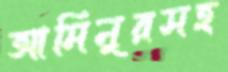
আমিনুরসহ